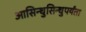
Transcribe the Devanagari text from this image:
आसिन्धुसिन्धुपर्यंता